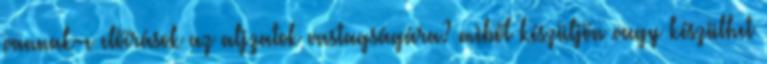
vannak-e előírások az aljzatok vastagságára? miből készüljön vagy készülhet